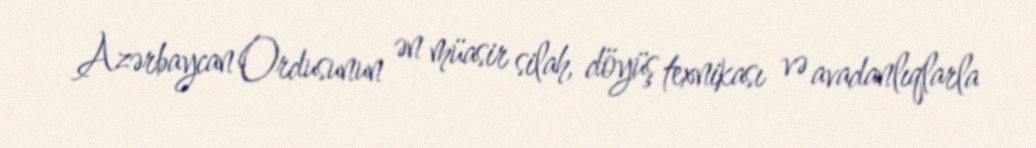
Azərbaycan Ordusunun ən müasir silah, döyüş texnikası və avadanlıqlarla